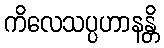
ကိလေသပ္ပဟာနန္တိ